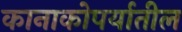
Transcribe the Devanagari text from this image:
कानाकोपर्यातील